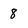
Character: 8